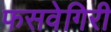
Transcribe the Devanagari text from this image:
फसवेगिरी